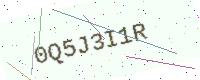
Text: 0Q5J3I1R